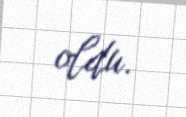
oldu.